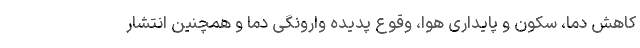
کاهش دما، سکون و پایداری هوا، وقوع پدیده وارونگی دما و همچنین انتشار